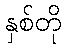
နှစ်တို